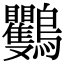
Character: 𪈴